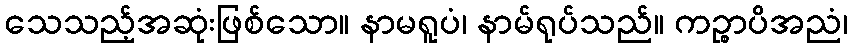
သေသည့်အဆုံးဖြစ်သော။ နာမရူပံ၊ နာမ်ရုပ်သည်။ ကဉ္စာပိအညံ၊